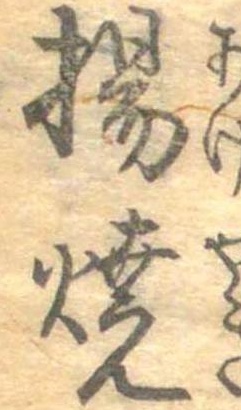
揚焼